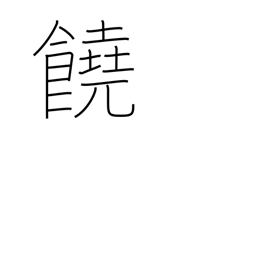
Meaning: abundant